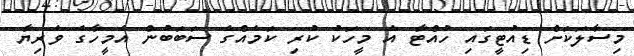
މިސާލަކަށް ޑިއުޓީގައި ހުއްޓާ އެ މީހަކު ކުރި ކަމެއްގެ ސަބަބުން އެމީހާގެ ވެރިޔާ